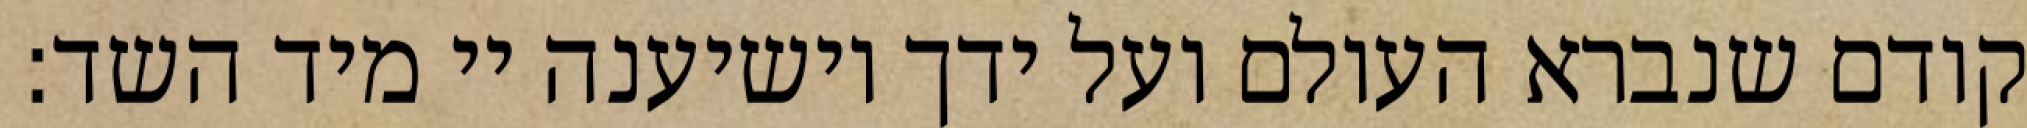
קודם שנברא העולם ועל ידך יושיענה יי מיד השד: